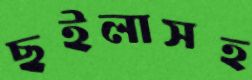
ছইলাসহ